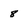
Character: 8